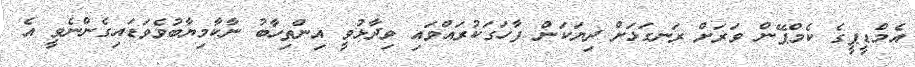
އެމްޑީޕީގެ ކެމްޕޭން ވަރަށް ރަނގަޅަށް ދިޔަކަން ފާހަގަކުރައްވައި ވިދާޅުވީ އިންތިހާބު ނާކާމިޔާބުވެވަޑައިގެންނެވީ އެ